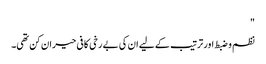
"
نظم و ضبط اور ترتیب کے لیے ان کی بے رخی کافی حیران کن تھی۔